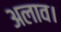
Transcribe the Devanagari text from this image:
अलाव।